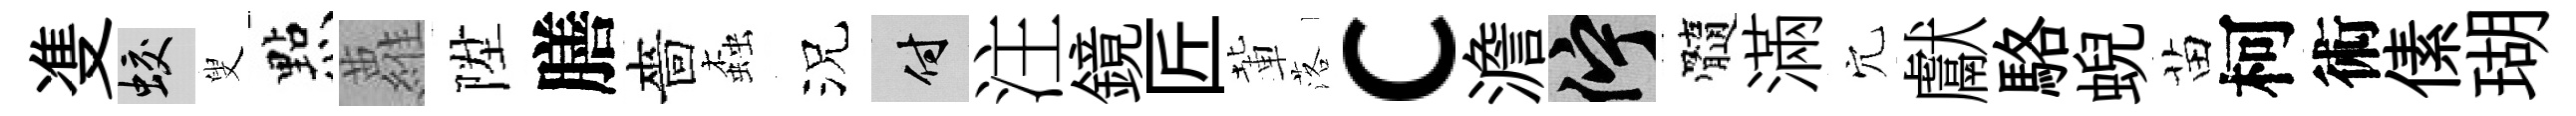
㕠蛟叟㸃蘿陞膳嗇螙況付注鏡匠輩落c澹伫髓滿穴獻駱蜺苗柯術傃瑚